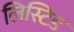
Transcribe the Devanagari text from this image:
लिस्टिड